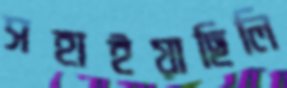
সহাইয়াছিলি